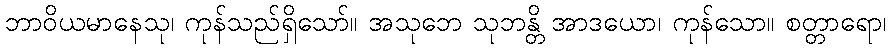
ဘာဝိယမာနေသု၊ ကုန်သည်ရှိသော်။ အသုဘေ သုဘန္တိ အာဒယော၊ ကုန်သော။ စတ္တာရော၊